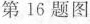
第16题图